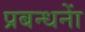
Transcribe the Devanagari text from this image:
प्रबन्धनाें